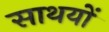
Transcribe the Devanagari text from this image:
साथयों